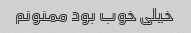
خیلی خوب بود ممنونم